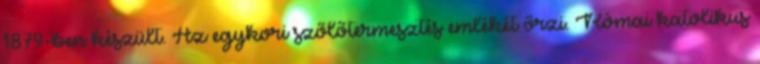
1879-ben készült. Az egykori szőlőtermesztés emlékét őrzi. Római katolikus